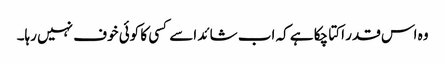
وہ اس قدر اکتا چکا ہے کہ اب شائد اسے کسی کا کوئی خوف نہیں رہا۔